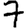
Digit: 7